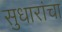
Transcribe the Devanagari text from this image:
सुधारांचा